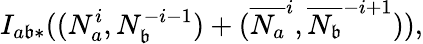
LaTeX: I_{a\mathfrak{b}*}((N_{a}^{i},N_{\mathfrak{b}}^{-i-1})+(\overline{{{{N_{a}}}}}^{i},\overline{{{{N_{\mathfrak{b}}}}}}^{-i+1})),